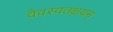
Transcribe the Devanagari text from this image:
वैवस्वतक्षयम्